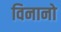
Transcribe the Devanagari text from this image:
विनानो